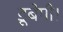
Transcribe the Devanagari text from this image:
डूबेगी।